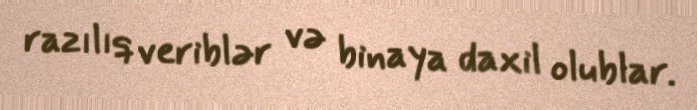
razılıq veriblər və binaya daxil olublar.